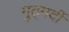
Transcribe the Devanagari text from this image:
मुठ्मर्दी